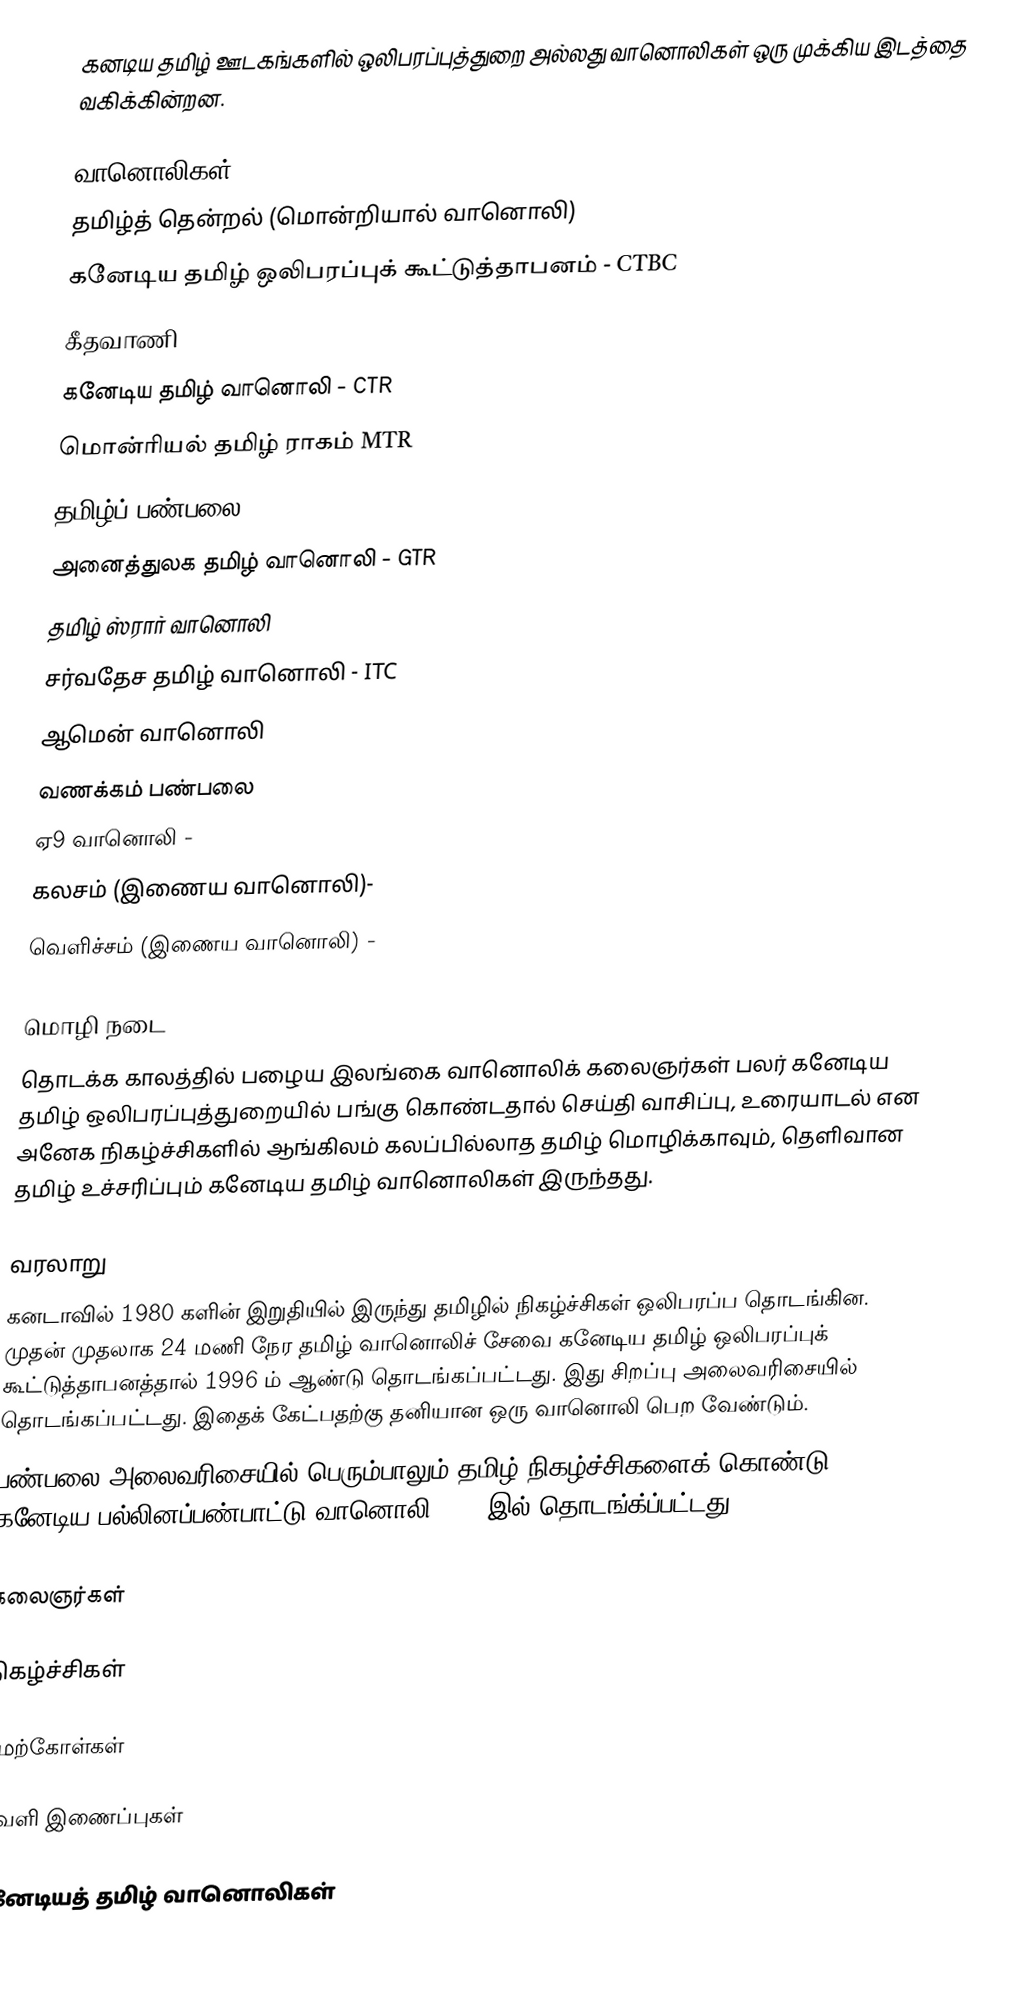
கனடிய தமிழ் ஊடகங்களில் ஒலிபரப்புத்துறை அல்லது வானொலிகள் ஒரு முக்கிய இடத்தை வகிக்கின்றன.

வானொலிகள்
 தமிழ்த் தென்றல் (மொன்றியால் வானொலி)
 கனேடிய தமிழ் ஒலிபரப்புக் கூட்டுத்தாபனம் - CTBC
 கீதவாணி
 கனேடிய தமிழ் வானொலி - CTR
 மொன்ரியல் தமிழ் ராகம்   MTR
 தமிழ்ப் பண்பலை 101.3 - CMR
 அனைத்துலக தமிழ் வானொலி - GTR
 தமிழ் ஸ்ரார் வானொலி
 சர்வதேச தமிழ் வானொலி - ITC
 ஆமென் வானொலி
 வணக்கம் பண்பலை
 ஏ9 வானொலி -
 கலசம் (இணைய வானொலி)-
 வெளிச்சம் (இணைய வானொலி) -

மொழி நடை
தொடக்க காலத்தில் பழைய இலங்கை வானொலிக் கலைஞர்கள் பலர் கனேடிய தமிழ் ஒலிபரப்புத்துறையில் பங்கு கொண்டதால் செய்தி வாசிப்பு, உரையாடல் என அனேக நிகழ்ச்சிகளில் ஆங்கிலம் கலப்பில்லாத தமிழ் மொழிக்காவும், தெளிவான தமிழ் உச்சரிப்பும் கனேடிய தமிழ் வானொலிகள் இருந்தது.

வரலாறு
கனடாவில் 1980 களின் இறுதியில் இருந்து தமிழில் நிகழ்ச்சிகள் ஒலிபரப்ப தொடங்கின.  முதன் முதலாக 24 மணி நேர தமிழ் வானொலிச் சேவை கனேடிய தமிழ் ஒலிபரப்புக் கூட்டுத்தாபனத்தால் 1996 ம் ஆண்டு தொடங்கப்பட்டது.  இது சிறப்பு அலைவரிசையில் தொடங்கப்பட்டது.  இதைக் கேட்பதற்கு தனியான ஒரு வானொலி பெற வேண்டும்.
பண்பலை அலைவரிசையில் பெரும்பாலும் தமிழ் நிகழ்ச்சிகளைக் கொண்டு கனேடிய பல்லினப்பண்பாட்டு வானொலி 2004 இல் தொடங்க்ப்பட்டது.

கலைஞர்கள்

நிகழ்ச்சிகள்

மேற்கோள்கள்

வெளி இணைப்புகள்

கனேடியத் தமிழ் வானொலிகள்